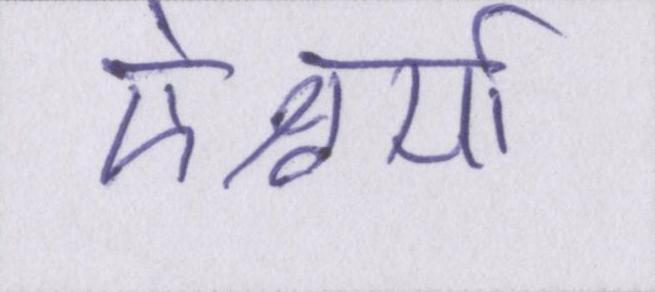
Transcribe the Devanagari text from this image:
ऐश्वर्या